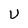
Character: U